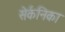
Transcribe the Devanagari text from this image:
सेर्कनिका